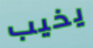
يخيب